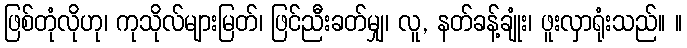
ဖြစ်တုံလိုဟု၊ ကုသိုလ်များမြတ်၊ ဖြင်ညီးခတ်မျှ၊ လူ, နတ်ခန့်ချုံး၊ ဖူးလှာရုံးသည်။ ။